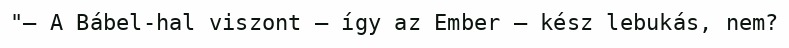
"– A Bábel-hal viszont – így az Ember – kész lebukás, nem?